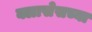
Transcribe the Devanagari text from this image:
क्लासेसच्या